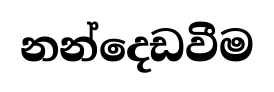
නන්දෙඩවීම